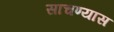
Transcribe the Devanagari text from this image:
साचण्यास